Report of an investigation into the causes of the diseases known in Assam as Kála-Azár and Beri-Beri
Disease focus: Beri-Beri
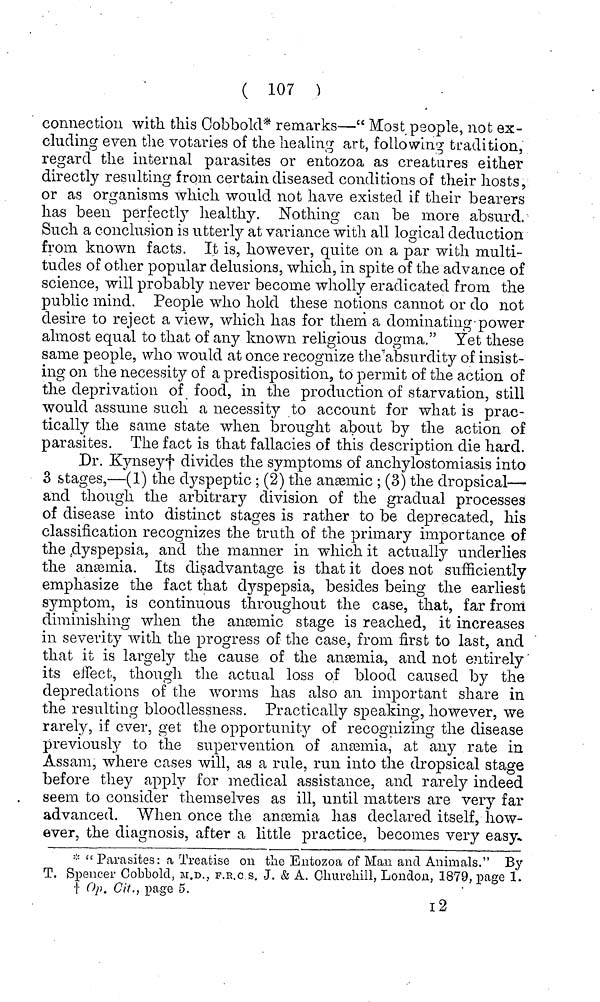
( 107 )
connection with this Cobbold* remarks—" Most people, not ex-
cluding even the votaries of the healing art, following tradition,
regard the internal parasites or eiitozoa as creatures either
directly resulting from certain diseased conditions of their hosts,
or as organisms which would not have existed if their bearers
has been perfectly healthy. Nothing can be more absurd.
Such a conclusion is utterly at variance with all logical deduction
from known facts. It is, however, quite on a par with multi-
tudes of other popular delusions, which, in spite of the advance of
science, will probably never become wholly eradicated from the
public mind. People who hold these notions cannot or do not
desire to reject a view, which has for them a dominating-power
almost equal to that of any known religious dogma." Yet these
same people, who would at once recognize the absurdity of insist-
ing on the necessity of a predisposition, to permit of the action of
the deprivation of food, in the production of starvation, still
would assume such a necessity to account for what is prac-
tically the same state when brought about by the action of
parasites. The fact is that fallacies of this description die hard.
Dr. Kynseyf* divides the symptoms of anchylostomiasis into
3 stages,—(1) the dyspeptic; (2) the ansemic ; (3) the dropsical—
and though the arbitrary division of the gradual processes
of disease into distinct stages is rather to be deprecated, his
classification recognizes the truth of the primary importance of
the dyspepsia, and the manner in which it actually underlies
the ansemia. Its disadvantage is that it does not sufficiently
emphasize the fact that dyspepsia, besides being the earliest
symptom, is continuous throughout the case, that, far from
diminishing when the aneemic stage is reached, it increases
in severity with the progress of the case, from first to last, and
that it is largely the cause of the aiiEemia, and not entirely
its elfect, though the actual loss of blood caused by the
depredations of the worms has also an important share in
the resulting bloodlessness. Practically speaking, however, we
rarely, if ever, get the opportunity of recognizing the disease
previously to the supervention of anaemia, at any rate in
Assam, where cases will, as a rule, run into the dropsical stage
before they apply for medical assistance, and rarely indeed
seem to consider themselves as ill, until matters are very far
advanced. When once the anaemia has declared itself, how-
ever, the diagnosis, after a little practice, becomes very easy*
* "Parasites: a Treatise on the Entozoa of Man and Animals." By
T. Spencer Cobbold, M.I>. } F.E.C s. J. & A. Ghurcliill, London, 1879, page 1.
t Op. Oil., page 5.
i2